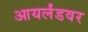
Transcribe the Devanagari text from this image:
आयर्लंडवर